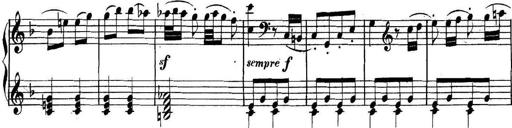
Title: Collected Piano Sonatas
Composer: Muzio Clementi